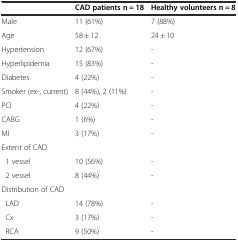
<table><thead><tr><td></td><td><b>CAD patients n = 18</b></td><td><b>Healthy volunteers n = 8</b></td></tr></thead><tbody><tr><td>Male</td><td>11 (61%)</td><td>7 (88%)</td></tr><tr><td>Age</td><td>58 ± 12</td><td>24 ± 10</td></tr><tr><td>Hypertension</td><td>12 (67%)</td><td>-</td></tr><tr><td>Hyperlipidemia</td><td>15 (83%)</td><td>-</td></tr><tr><td>Diabetes</td><td>4 (22%)</td><td>-</td></tr><tr><td>Smoker (ex-, current)</td><td>8 (44%), 2 (11%)</td><td>-</td></tr><tr><td>PCI</td><td>4 (22%)</td><td>-</td></tr><tr><td>CABG</td><td>1 (6%)</td><td>-</td></tr><tr><td>MI</td><td>3 (17%)</td><td>-</td></tr><tr><td>Extent of CAD</td><td></td><td></td></tr><tr><td> 1 vessel</td><td>10 (56%)</td><td>-</td></tr><tr><td> 2 vessel</td><td>8 (44%)</td><td>-</td></tr><tr><td>Distribution of CAD</td><td></td><td></td></tr><tr><td> LAD</td><td>14 (78%)</td><td>-</td></tr><tr><td> Cx</td><td>3 (17%)</td><td>-</td></tr><tr><td> RCA</td><td>9 (50%)</td><td>-</td></tr></tbody></table>